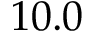
1 0 . 0